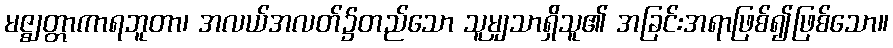
မဇ္ဈတ္တာကာရဘူတာ၊ အလယ်အလတ်၌တည်သော သူမျှသာရှိသူ၏ အခြင်းအရာဖြစ်၍ဖြစ်သော။